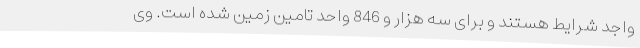
واجد شرایط هستند و برای سه هزار و 846 واحد تامین زمین شده است. وی